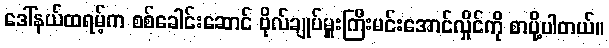
ဒေါ်နယ်ထရမ့်က စစ်ခေါင်းဆောင် ဗိုလ်ချုပ်မှူးကြီးမင်းအောင်လှိုင်ကို စာပို့ပါတယ်။